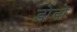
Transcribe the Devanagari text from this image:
डोडों